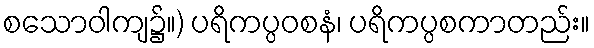
စသောဝါကျ၌။) ပရိကပ္ပဝစနံ၊ ပရိကပ္ပစကာတည်း။